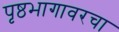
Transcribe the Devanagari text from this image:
पृष्ठभागावरचा